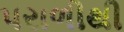
પરાળીથી